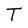
Character: T